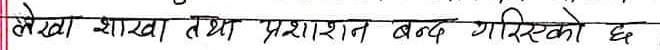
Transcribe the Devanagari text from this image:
लेखा शाखा तथा प्रशासन बन्द गरिएको छ ।